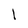
Character: l